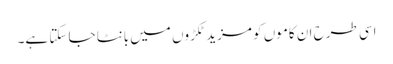
اسی طرح ان کاموں کو مزید ٹکڑوں میں بانٹا جا سکتا ہے۔